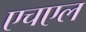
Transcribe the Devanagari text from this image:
एचएल